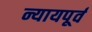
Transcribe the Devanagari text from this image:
न्यायपूर्व